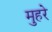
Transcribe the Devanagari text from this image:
मुहरे